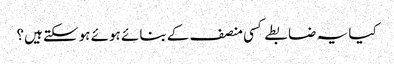
کیا یہ ضابطے کسی منصف کے بنائے ہوئے ہوسکتے ہیں؟